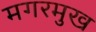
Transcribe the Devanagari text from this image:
मगरमुख